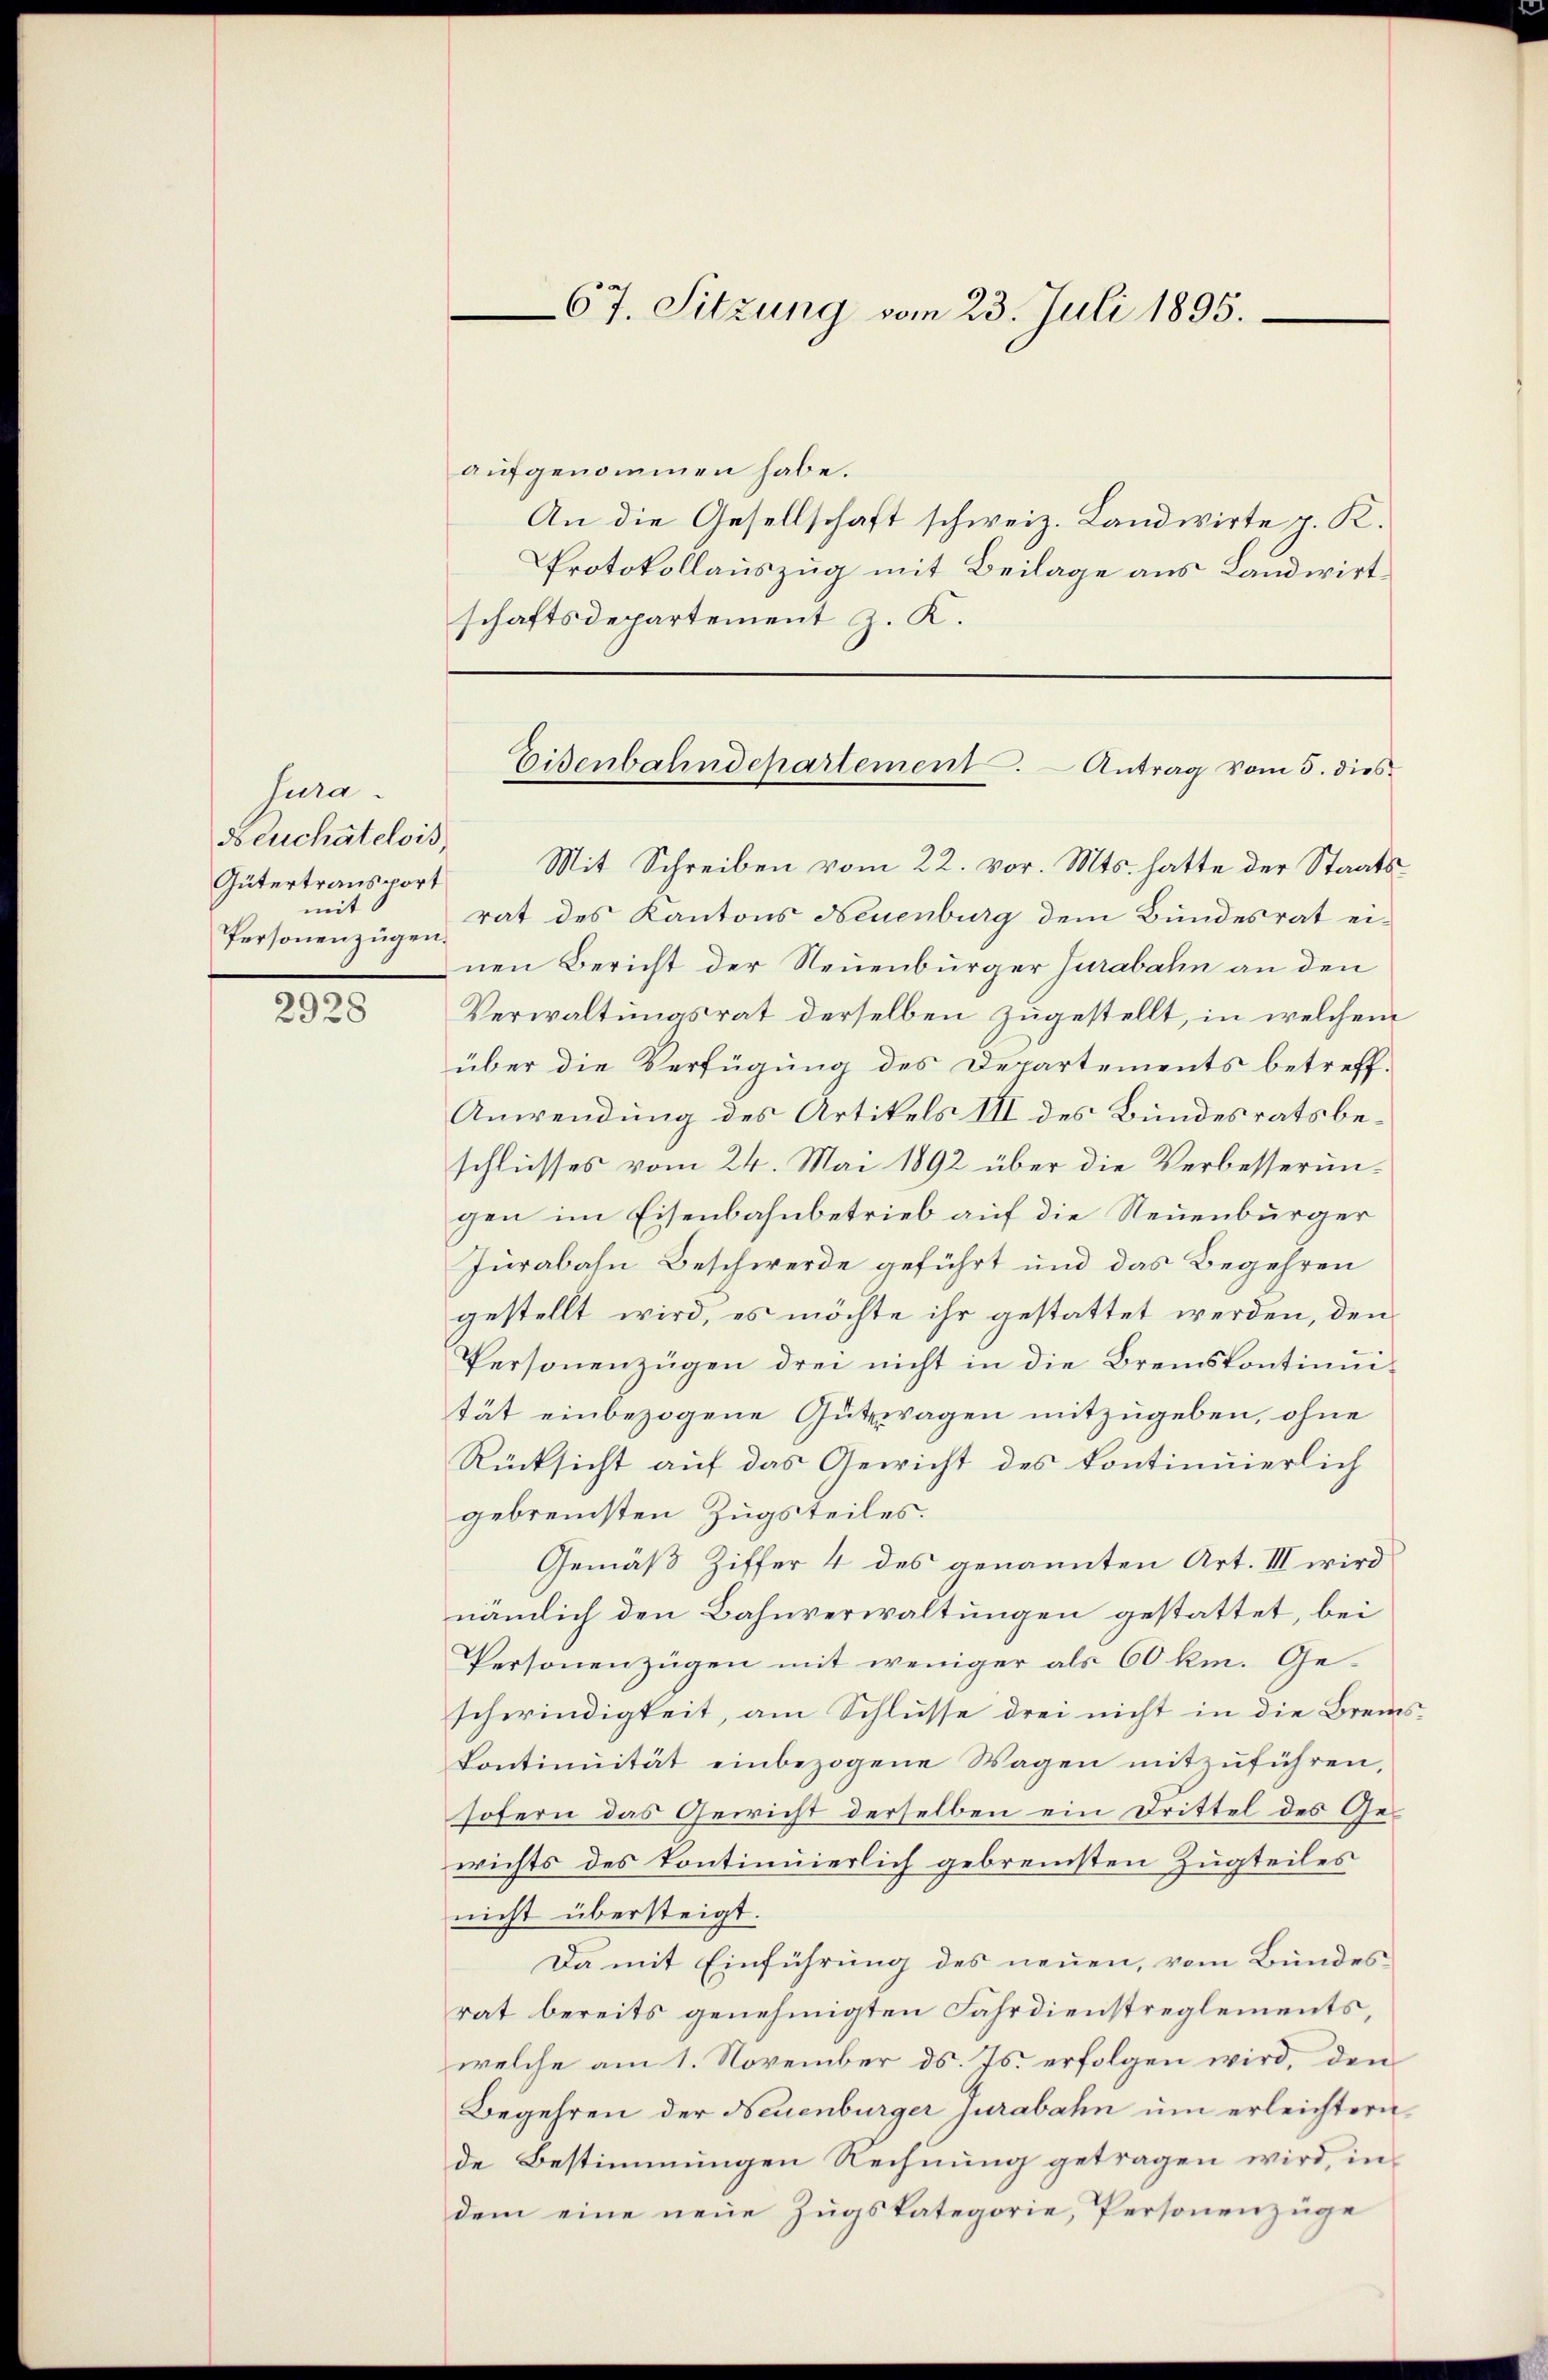
2928

Jura
d euchâtelois,
Gütertransport
mit
Personenzügen.

aufgenommen habe.
An die Gesellschaft schweiz. Landwirte p. K.
Protokollauszug mit Beilage aus Landwirtschaftsdepartement z. K.
Mit Schreiben vom 22. vor. Mts. hatte der Staatsrat des Kantons Neuenburg dem Bundesrat einen Bericht der Neuenburger Jurabahn an den
Verwaltungsrat derselben zugestellt, in welchem
über die Verfügung des Departements betreff¬
Anwendung des Artikels III des Bundesratsbeschlusses vom 24. Mai 1892 über die Verbesserungen im Eisenbahnbetrieb auf die Neuenburger
Jurabahn Beschwerde geführt und das Begehren
gestellt wird, es möchte ihr gestattet werden, den
Personenzügen drei nicht in die Breiskontinuität einbezogene Gutragen mitzugeben, ohne
Rücksicht auf das Gericht des kontinuierlich
gebremsten Zugsteiles.
Gemäß Ziffer 4 des genannten Art. III wird
nämlich den Bahnverwaltungen gestattet, bei
Personenzügen mit weniger als 60 km. Geschwindigkeit, am Schlusse drei nicht in die Bremskontinuität einbezogene Wagen mitzŭführen,
sofern das Gewicht derselben ein Drittel des Gewichts des kontinuierlich gebremsten Zugteiles
nicht übersteigt.
Da mit Einführung des neuen, vom Bundes
rat bereits genehmigten Fahrdienstreglements,
welche am 1. November ds. Js. erfolgen wird, den
Begehren der Neuenburger Jurabahn um erleichtern
de Bestimmungen Rechnung getragen wird, in
dem eine neue Zugskategorie, Personenzüge

67. Sitzung vom 23. Juli 1895.

Eisenbahndepartement.  Antrag vom 5. dies